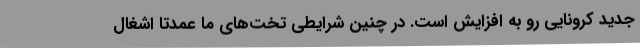
جدید کرونایی رو به افزایش است. در چنین شرایطی تخت‌های ما عمدتا اشغال